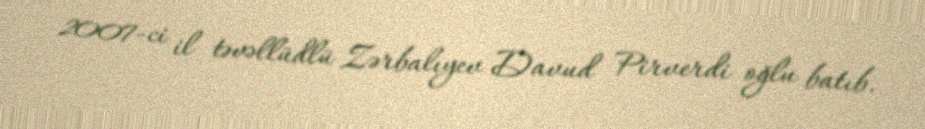
2007-ci il təvəllüdlü Zərbalıyev Davud Pirverdi oğlu batıb.